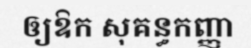
ឲ្យឱក សុគន្ធកញ្ញា